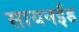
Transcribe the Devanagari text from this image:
सायनईड